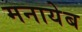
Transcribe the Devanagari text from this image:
मनायेब